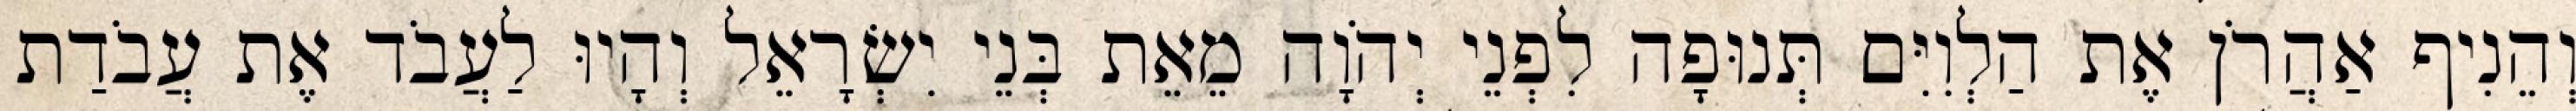
וְהֵנִיף אַהֲרֹן אֶת הַלְוִיִּם תְּנוּפָה לִפְנֵי יְהֹוָה מֵאֵת בְּנֵי יִשְׂרָאֵל וְהָיוּ לַעֲבֹד אֶת עֲבֹדַת